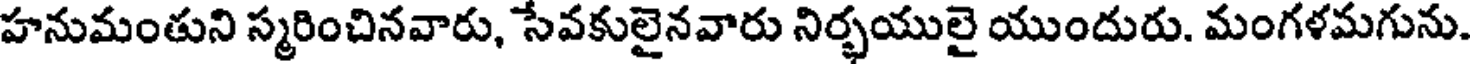
హనుమంతుని స్మరించినవారు, సేవకులైనవారు నిర్భయులై యుందురు. మంగళమగును.